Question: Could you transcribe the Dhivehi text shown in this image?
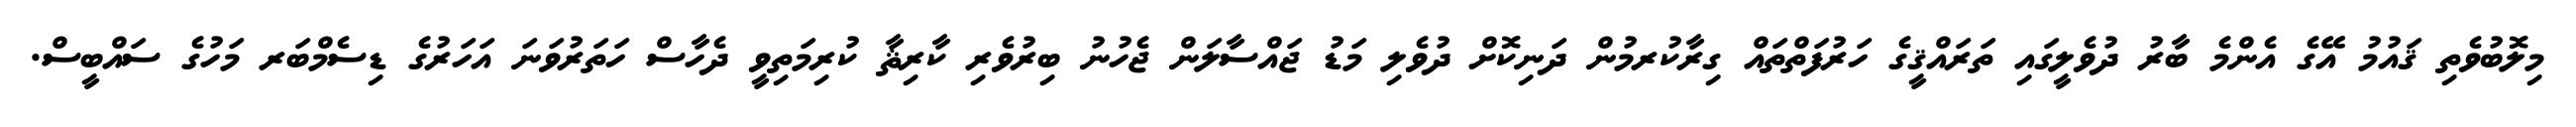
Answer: މިލޮބުވެތި ޤައުމު އޭގެ އެންމެ ބާރު ދުވެލީގައި ތަރައްޤީގެ ހަރުފަތްތައް ގިރާކުރމުން ދަނިކޮށް ދުވެލި މަޑު ޖައްސާލަން ޖެހުނު ބިރުވެރި ކާރިޘާ ކުރިމަތިވީ ދެހާސް ހަތަރުވަނަ އަހަރުގެ ޑިސެމްބަރ މަހުގެ ސައްބީސް.